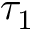
\tau _ { 1 }